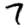
Digit: 7